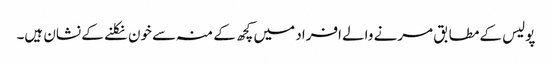
پولیس کے مطابق مرنے والے افراد میں کچھ کے منہ سے خون نکلنے کے نشان ہیں۔